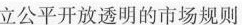
立公平开放透明的市场规则